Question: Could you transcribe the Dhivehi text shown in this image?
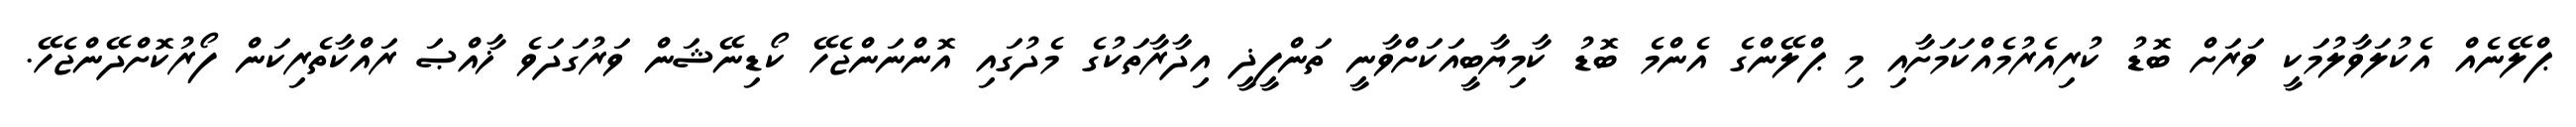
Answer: ޕްލޭނެއް އެކުލަވާލުމަކީ ވަރަށް ބޮޑު ކުރިއެރުމެއްކަމަށާއި މި ޕްލޭންގެ އެންމެ ބޮޑު ކާމިޔާބީއަކަށްވާނީ ތަންފީޛީ އިދާރާތަކުގެ މެދުގައި އޮންނަންޖެހޭ ކޯޑިނޭޝަން ވަރުގަދަވެ ޚާއްޞަ ރައްކާތެރިކަން ފޯރުކޮށްދޭންޖެހޭ.